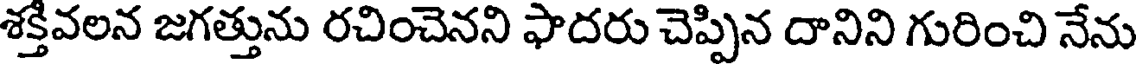
శక్తివలన జగత్తును రచించెనని ఫాదరు చెప్పిన దానిని గురించి నేను